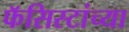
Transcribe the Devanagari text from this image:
फॅसिस्टांच्या